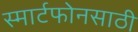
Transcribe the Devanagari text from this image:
स्मार्टफोनसाठी